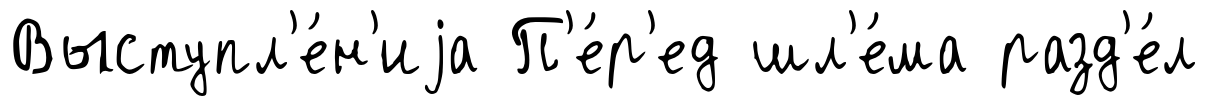
Выступл'е́н'иjа П'е́р'ед шл'е́ма разд'е́л